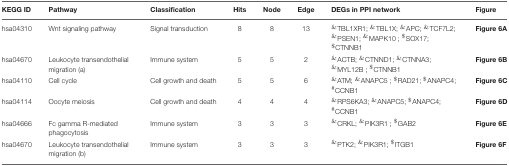
| KEGG ID | Pathway | Classification | Hits | Node | Edge | DEGs in PPI network | Figure |
 | --- | --- | --- | --- | --- | --- | --- | --- |
 | hsa04310 | Wnt signaling pathway | Signal transduction | 8 | 8 | 13 | &TBL1XR1; &TBL1X; &APC; &TCF7L2; &PSEN1; &MAPK10 ; $SOX17; $CTNNB1 | Figure 6A |
 | hsa04670 | Leukocyte transendothelial migration (a) | Immune system | 5 | 5 | 2 | &ACTB; &CTNND1; &CTNNA3; &MYL12B ; $CTNNB1 | Figure 6B |
 | hsa04110 | Cell cycle | Cell growth and death | 5 | 5 | 6 | &ATM; &ANAPC5 ; $RAD21; $ANAPC4; #CCNB1 | Figure 6C |
 | hsa04114 | Oocyte meiosis | Cell growth and death | 4 | 4 | 4 | &RPS6KA3; &ANAPC5; $ANAPC4; #CCNB1 | Figure 6D |
 | hsa04666 | Fc gamma R-mediated phagocytosis | Immune system | 3 | 3 | 3 | &CRKL; &PIK3R1 ; $GAB2 | Figure 6E |
 | hsa04670 | Leukocyte transendothelial migration (b) | Immune system | 3 | 3 | 3 | &PTK2; &PIK3R1; $ITGB1 | Figure 6F |